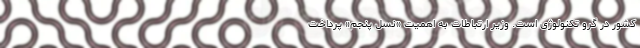
کشور در گرو تکنولوژی است. وزیر ارتباطات به اهمیت «نسل پنجم» پرداخت